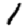
Digit: 1